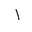
Letter: _alif